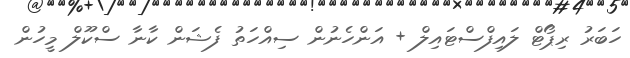
ހަބަރު ރިޕޯޓް ލައިފްސްޓައިލް + އަންހެނުން ސިއްހަތު ފެޝަން ކާނާ ސްކޫލް މީހުން